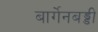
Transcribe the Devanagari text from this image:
बार्गेनबड्डी